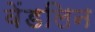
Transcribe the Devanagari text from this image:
वेंडलिन